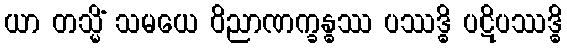
ယာ တသ္မိံ သမယေ ဝိညာဏက္ခန္ဓဿ ပဿဒ္ဓိ ပဋိပဿဒ္ဓိ